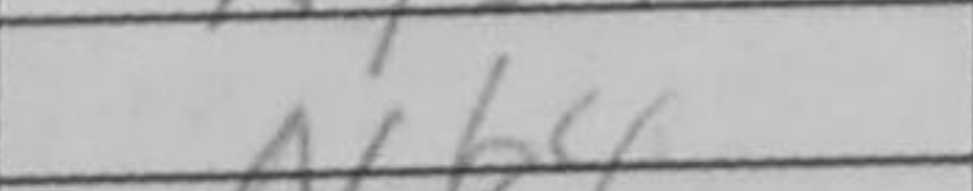
Transcription: Nb4